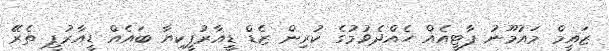
ޒައީމް މައުމޫނު ޕާޓީއެއް ހެއްދެވުމުގެ ކުރިން ޒެޑް ޑީއާރުޕީކިޔާ ބައެއް ޑީއާރުޕީ ތެރޭ